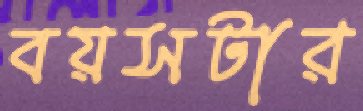
বয়সটার